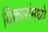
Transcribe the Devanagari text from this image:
विकारांमध्ये